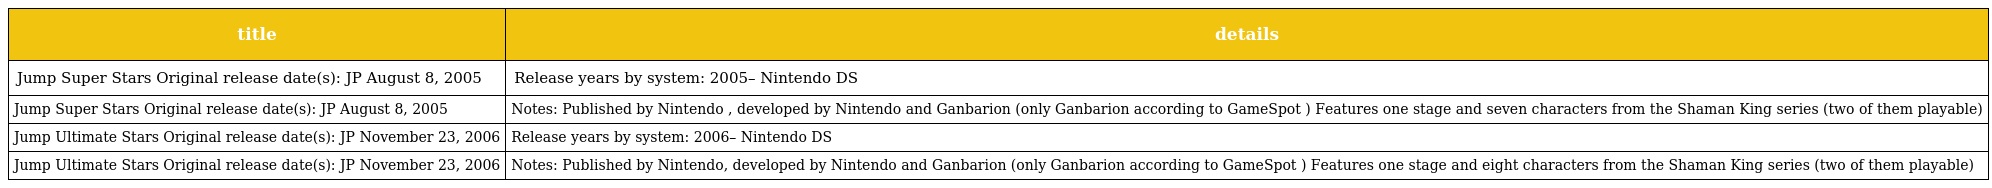
| title | details |
 | --- | --- |
 | Jump Super Stars Original release date(s): JP August 8, 2005 | Release years by system: 2005– Nintendo DS |
 | Jump Super Stars Original release date(s): JP August 8, 2005 | Notes: Published by Nintendo , developed by Nintendo and Ganbarion (only Ganbarion according to GameSpot ) Features one stage and seven characters from the Shaman King series (two of them playable) |
 | Jump Ultimate Stars Original release date(s): JP November 23, 2006 | Release years by system: 2006– Nintendo DS |
 | Jump Ultimate Stars Original release date(s): JP November 23, 2006 | Notes: Published by Nintendo, developed by Nintendo and Ganbarion (only Ganbarion according to GameSpot ) Features one stage and eight characters from the Shaman King series (two of them playable) |